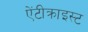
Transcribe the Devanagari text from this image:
ऐंटीक्राइस्ट